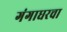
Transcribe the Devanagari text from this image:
गंगाधरचा